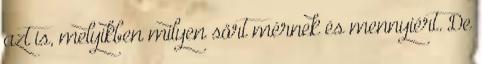
azt is, melyikben milyen sört mérnek és mennyiért. De